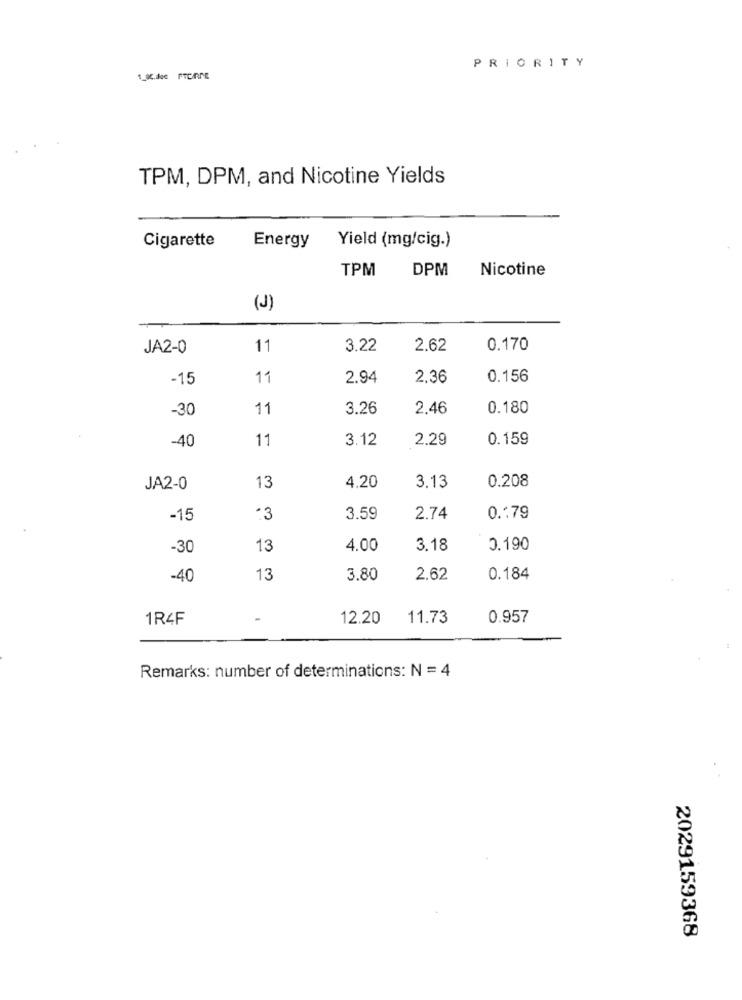
PRIORITY
1_80.dec FTCARNE
TPM, DPM, and Nicotine Yields
Cigarette
Energy
Yield (mg/cig.)
TPM
DPM
Nicotine
(J)
JA2-0
11
3.22
2.62
0.170
-15
11
2.94
2.36
0.156
-30
11
3.26
2.46
0.180
-40
11
3.12
2.29
0.159
0.208
JA2-0
13
4.20
3.13
-15
:3
3.59
2.74
0 .. 79
-30
13
4.00
3.18
0.190
-40
13
3.80
2.62
0.184
1R4F
-
12.20
11.73
0.957
Remarks: number of determinations: N = 4
2029159368